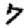
Digit: 7